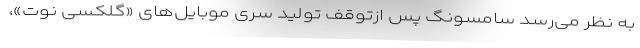
به نظر می‌رسد سامسونگ پس ازتوقف تولید سری موبایل‌های «گلکسی نوت»،